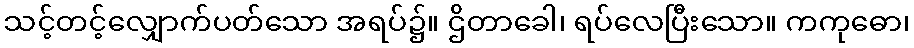
သင့်တင့်လျှောက်ပတ်သော အရပ်၌။ ဌိတာခေါ၊ ရပ်လေပြီးသော။ ကကုဓော၊